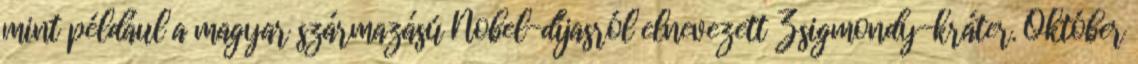
mint például a magyar származású Nobel-díjasról elnevezett Zsigmondy-kráter. Október